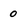
Character: 0